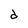
Character: d